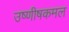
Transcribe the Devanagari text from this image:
उष्णीषकमल